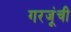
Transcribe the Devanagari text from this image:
गरजूंची